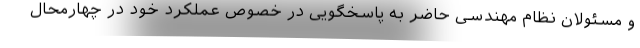
و مسئولان نظام مهندسی حاضر به پاسخگویی در خصوص عملکرد خود در چهارمحال